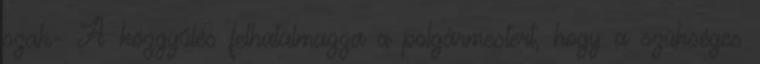
szak- A közgyűlés felhatalmazza a polgármestert, hogy a szükséges